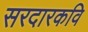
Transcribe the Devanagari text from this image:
सरदारकवि